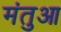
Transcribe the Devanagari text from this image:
मंतुआ